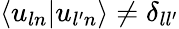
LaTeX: \langle u_{ln}|u_{l^{\prime}n}\rangle\ne\delta_{ll^{\prime}}